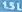
1.5L